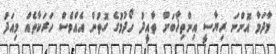
މާދަމާ އޮންނަ ރިޔާސީ އިންތިޚާބަށް ތާއީދު ހޯދުމުގެ ގޮތުން އެއްވެސް ހަރަކާތެއް މިއަދު